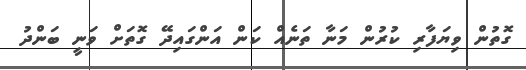
ގޮތުން ވިޔަފާރި ކުރުން މަނާ ތަނެއް ކަން އަންގައިދޭ ގޮތަށް ވަނީ ބަންދު